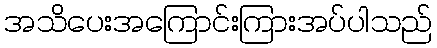
အသိပေးအကြောင်းကြားအပ်ပါသည်